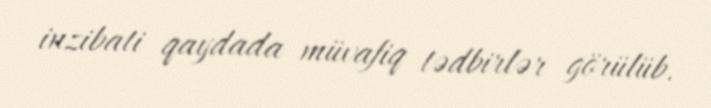
inzibati qaydada müvafiq tədbirlər görülüb.